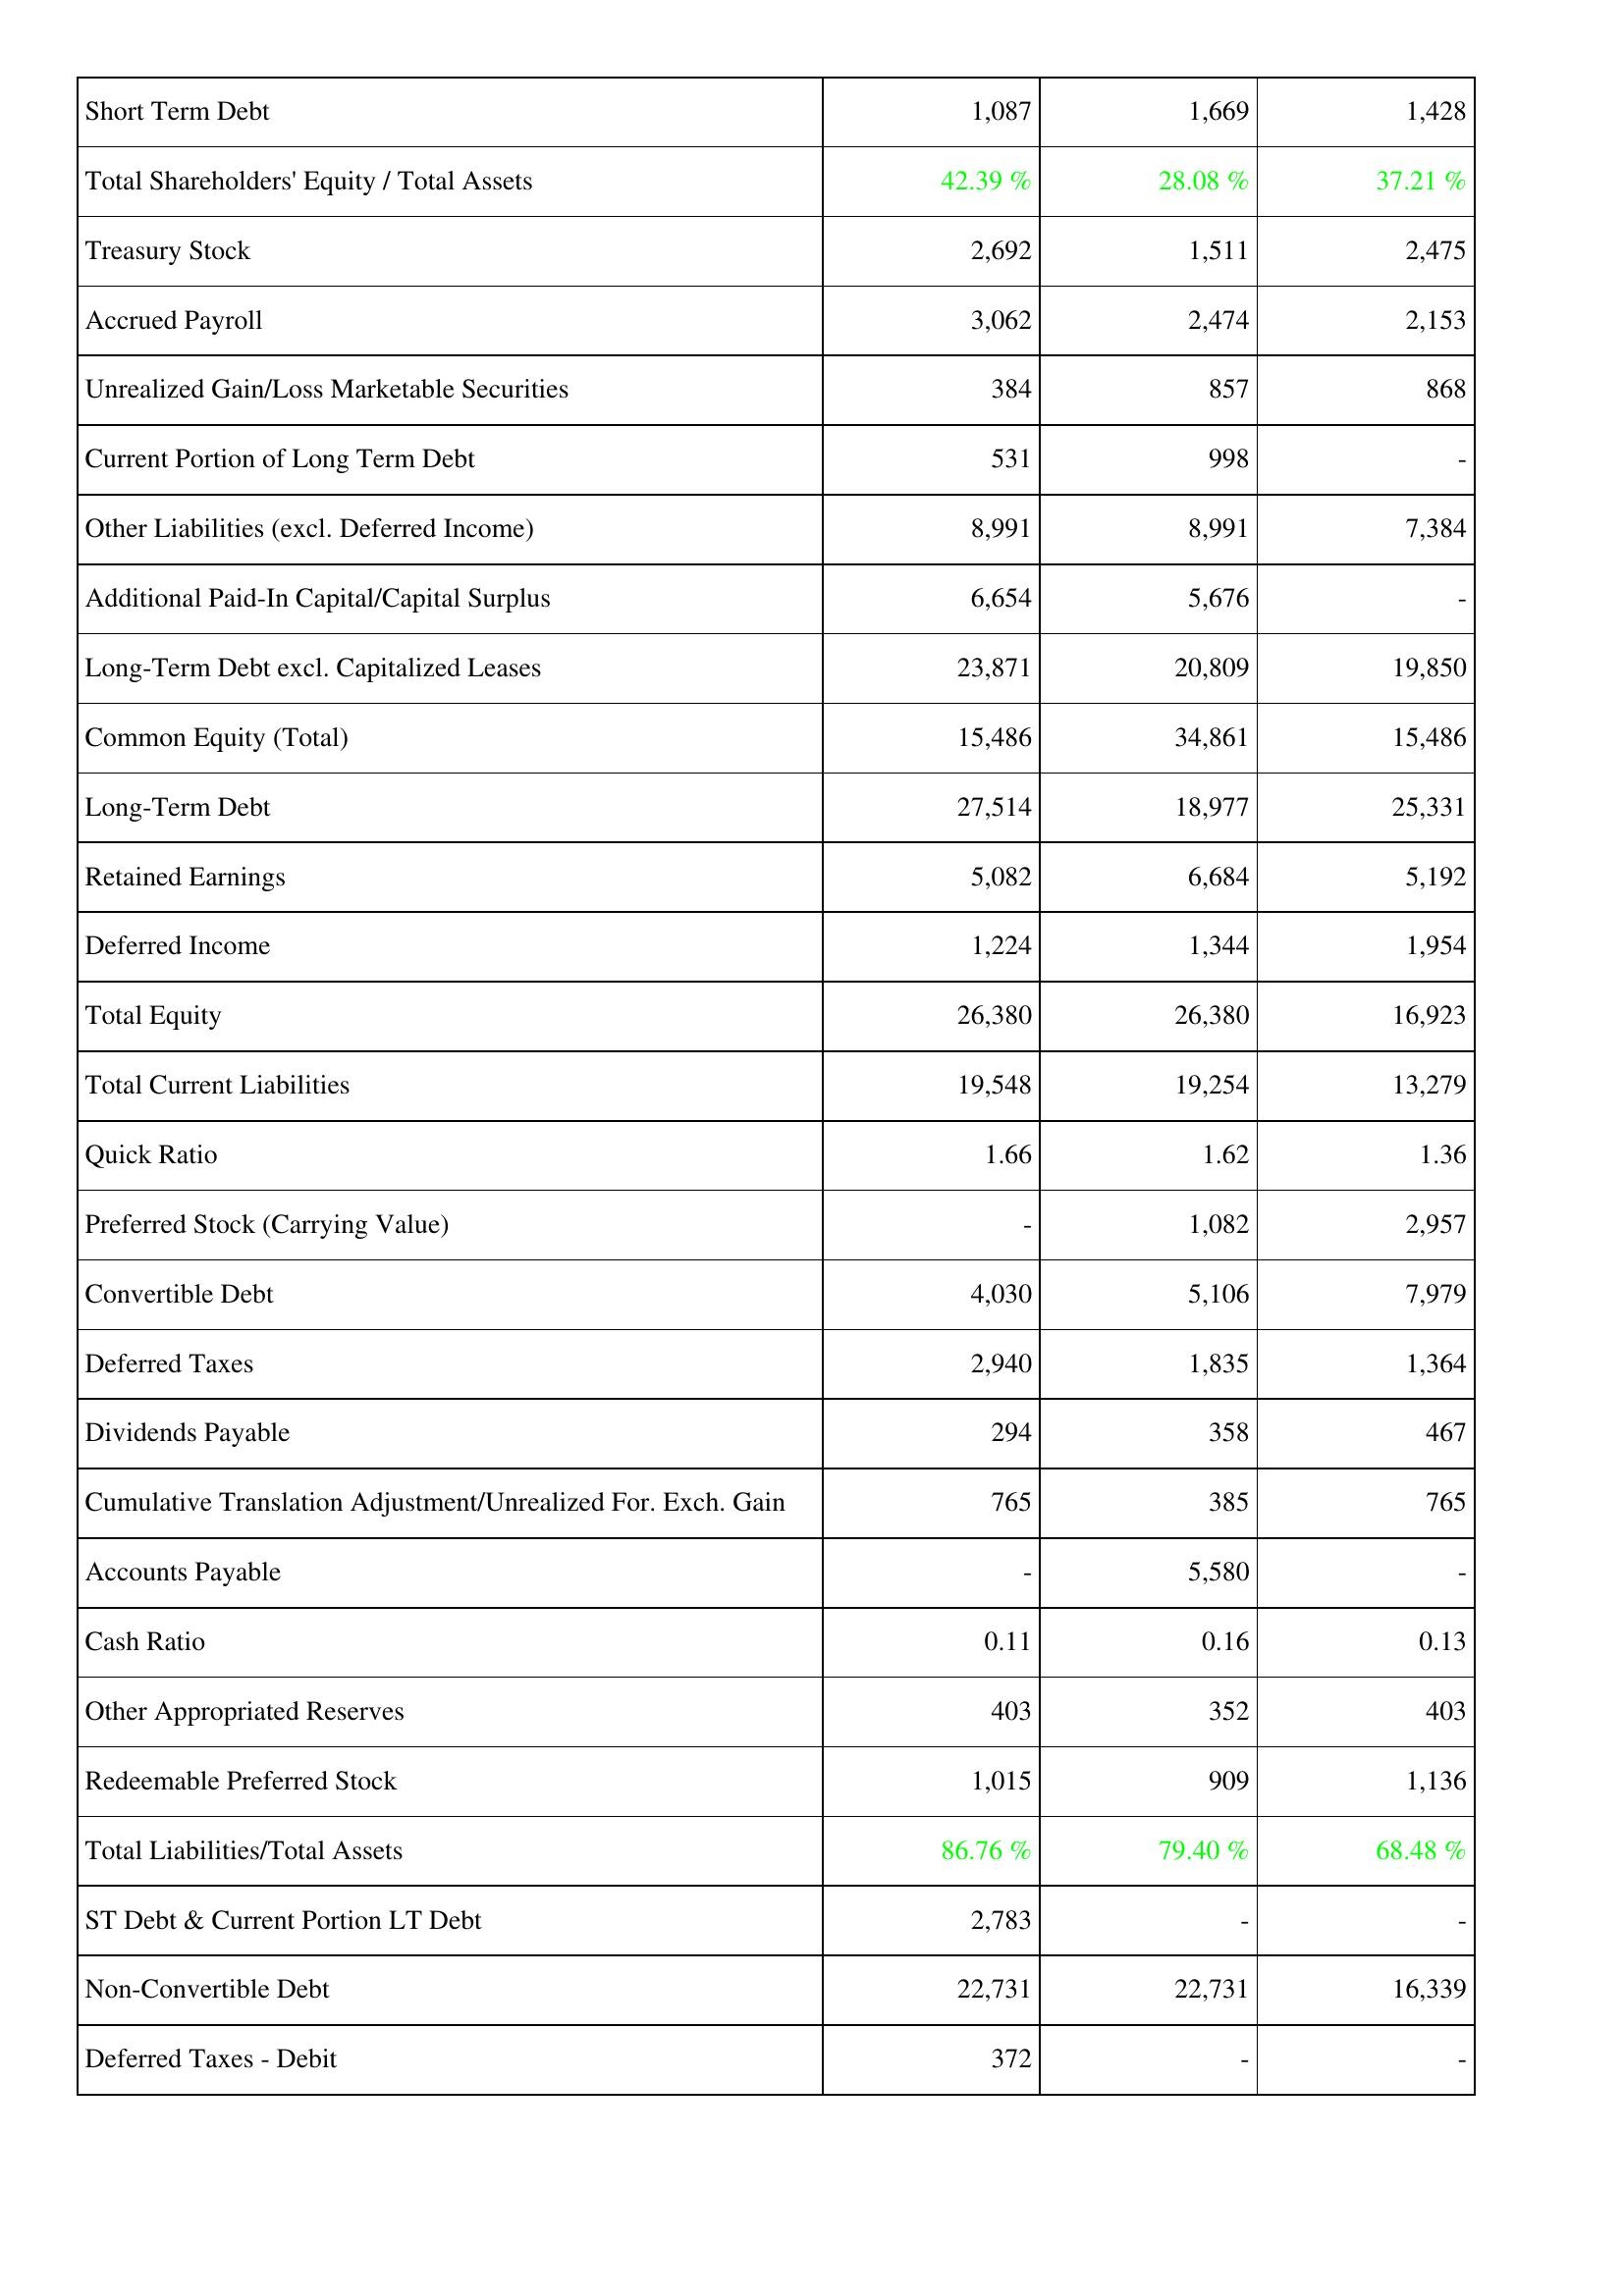
2015: Liabilities & Shareholders' Equity: Short Term Debt: 1,087
Total Shareholders' Equity / Total Assets: 42.39 %
Treasury Stock: 2,692
Accrued Payroll: 3,062
Unrealized Gain/Loss Marketable Securities: 384
Current Portion of Long Term Debt: 531
Other Liabilities (excl. Deferred Income): 8,991
Additional Paid-In Capital/Capital Surplus: 6,654
Long-Term Debt excl. Capitalized Leases: 23,871
Common Equity (Total): 15,486
Long-Term Debt: 27,514
Retained Earnings: 5,082
Deferred Income: 1,224
Total Equity: 26,380
Total Current Liabilities: 19,548
Quick Ratio: 1.66
Preferred Stock (Carrying Value): -
Convertible Debt: 4,030
Deferred Taxes: 2,940
Dividends Payable: 294
Cumulative Translation Adjustment/Unrealized For. Exch. Gain: 765
Accounts Payable: -
Cash Ratio: 0.11
Other Appropriated Reserves: 403
Redeemable Preferred Stock: 1,015
Total Liabilities/Total Assets: 86.76 %
ST Debt & Current Portion LT Debt: 2,783
Non-Convertible Debt: 22,731
Deferred Taxes - Debit: 372
2016: Liabilities & Shareholders' Equity: Short Term Debt: 1,669
Total Shareholders' Equity / Total Assets: 28.08 %
Treasury Stock: 1,511
Accrued Payroll: 2,474
Unrealized Gain/Loss Marketable Securities: 857
Current Portion of Long Term Debt: 998
Other Liabilities (excl. Deferred Income): 8,991
Additional Paid-In Capital/Capital Surplus: 5,676
Long-Term Debt excl. Capitalized Leases: 20,809
Common Equity (Total): 34,861
Long-Term Debt: 18,977
Retained Earnings: 6,684
Deferred Income: 1,344
Total Equity: 26,380
Total Current Liabilities: 19,254
Quick Ratio: 1.62
Preferred Stock (Carrying Value): 1,082
Convertible Debt: 5,106
Deferred Taxes: 1,835
Dividends Payable: 358
Cumulative Translation Adjustment/Unrealized For. Exch. Gain: 385
Accounts Payable: 5,580
Cash Ratio: 0.16
Other Appropriated Reserves: 352
Redeemable Preferred Stock: 909
Total Liabilities/Total Assets: 79.40 %
ST Debt & Current Portion LT Debt: -
Non-Convertible Debt: 22,731
Deferred Taxes - Debit: -
2017: Liabilities & Shareholders' Equity: Short Term Debt: 1,428
Total Shareholders' Equity / Total Assets: 37.21 %
Treasury Stock: 2,475
Accrued Payroll: 2,153
Unrealized Gain/Loss Marketable Securities: 868
Current Portion of Long Term Debt: -
Other Liabilities (excl. Deferred Income): 7,384
Additional Paid-In Capital/Capital Surplus: -
Long-Term Debt excl. Capitalized Leases: 19,850
Common Equity (Total): 15,486
Long-Term Debt: 25,331
Retained Earnings: 5,192
Deferred Income: 1,954
Total Equity: 16,923
Total Current Liabilities: 13,279
Quick Ratio: 1.36
Preferred Stock (Carrying Value): 2,957
Convertible Debt: 7,979
Deferred Taxes: 1,364
Dividends Payable: 467
Cumulative Translation Adjustment/Unrealized For. Exch. Gain: 765
Accounts Payable: -
Cash Ratio: 0.13
Other Appropriated Reserves: 403
Redeemable Preferred Stock: 1,136
Total Liabilities/Total Assets: 68.48 %
ST Debt & Current Portion LT Debt: -
Non-Convertible Debt: 16,339
Deferred Taxes - Debit: -